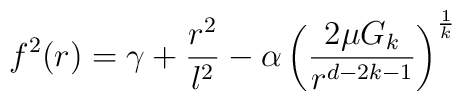
f^{2}(r)=\gamma +\frac{r^{2}}{l^{2}}-\alpha \left( \frac{2\mu G_{k}}{r^{d-2k-1}}\right) ^{\frac{1}{k}}